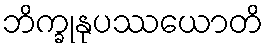
ဘိက္ခုနုပဿယောတိ